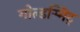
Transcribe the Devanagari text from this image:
गोल्डस्मिट्